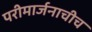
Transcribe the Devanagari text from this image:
परीमार्जनाचीच